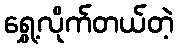
ရွှေ့လိုက်တယ်တဲ့